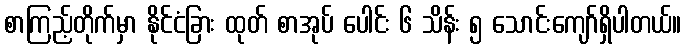
စာကြည့်တိုက်မှာ နိုင်ငံခြား ထုတ် စာအုပ် ပေါင်း ၆ သိန်း ၅ သောင်းကျော်ရှိပါတယ်။